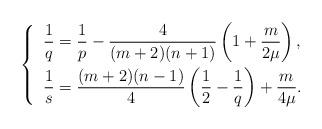
LaTeX: \begin{align*} \left\{ \enspace\begin{aligned}& \frac 1 q= \frac 1 p - \frac 4 {(m+2)(n+1)} \left( 1+ \frac m {2\mu} \right), \\& \frac 1 s= \frac{(m+2)(n-1)}4 \left( \frac 1 2 -\frac 1 q\right) +\frac m {4 \mu} .\end{aligned}\right.\end{align*}